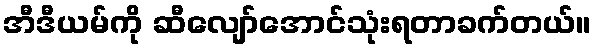
အီဒီယမ်ကို ဆီလျော်အောင်သုံးရတာခက်တယ်။